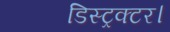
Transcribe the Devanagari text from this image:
डिस्ट्रक्टर।